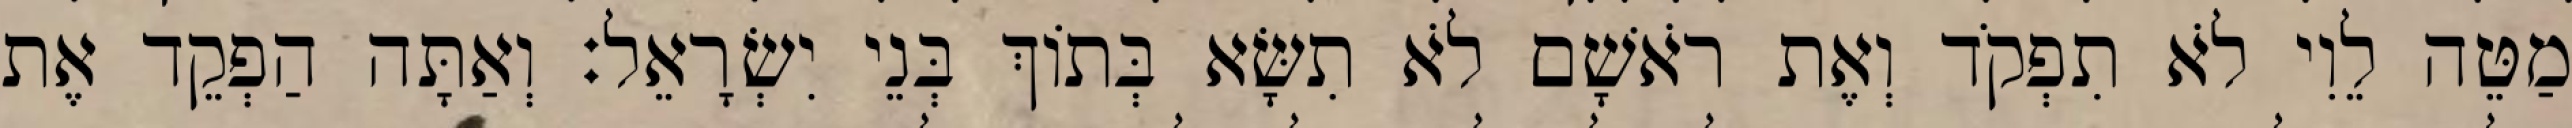
מַטֵּה לֵוִי לֹא תִפְקֹד וְאֶת רֹאשָׁם לֹא תִשָּׂא בְּתוֹךְ בְּנֵי יִשְׂרָאֵל׃ וְאַתָּה הַפְקֵד אֶת